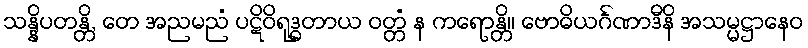
သန္နိပတန္တိ, တေ အညမညံ ပဋိဝိရုဒ္ဓတာယ ဝတ္တံ န ကရောန္တိ။ ဗောဓိယင်္ဂဏာဒီနိ အသမ္မဋ္ဌာနေဝ